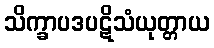
သိက္ခာပဒပဋိသံယုတ္တာယ